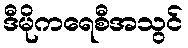
ဒီမိုကရေစီအသွင်